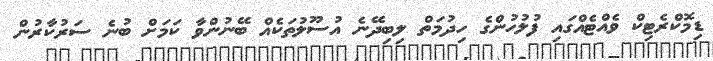
ޑިމޮކްރެޓިކް ވެއްޓެއްގައި ފުލުހުންގެ ހިދުމަތް ލިބިދޭނެ އުސޫލުތަކެއް ބޭނުންވާ ކަމަށް ބުނެ ސަރުކާރުން